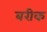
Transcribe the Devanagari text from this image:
बरीक